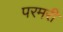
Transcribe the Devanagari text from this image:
परमरी